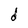
Character: d